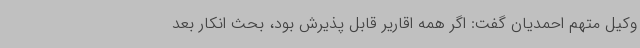
وکیل متهم احمدیان گفت: اگر همه اقاریر قابل پذیرش بود، بحث انکار بعد